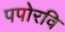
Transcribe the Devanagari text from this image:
पपोरवि